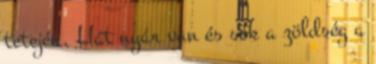
tetején. Hát nyár van és sok a zöldség a